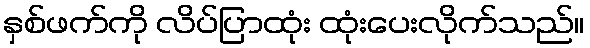
နှစ်ဖက်ကို လိပ်ပြာထုံး ထုံးပေးလိုက်သည်။